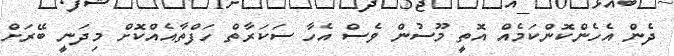
ދެން އެހެންކޮންކަމެއް އޮތީ މޫސުން ވެސް އެހާ ސަކަރާތް ހަފްތާއެއްކޮށް މިދަނީ ބޭރަށް